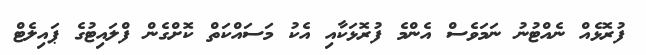
ފުރޮޅެއް ނެއްޓުނު ނަމަވެސް އެންމެ ފުރޮޅަކާއި އެކު މަސައްކަތް ކޮށްގެން ފްލައިޓުގެ ޕައިލެޓް